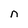
Character: n